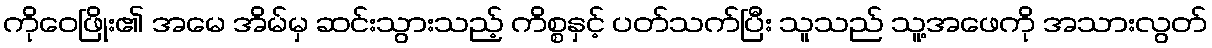
ကိုဝေဖြိုး၏ အမေ အိမ်မှ ဆင်းသွားသည့် ကိစ္စနှင့် ပတ်သက်ပြီး သူသည် သူ့အဖေကို အသားလွတ်